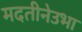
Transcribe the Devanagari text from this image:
मदतीनेउभा